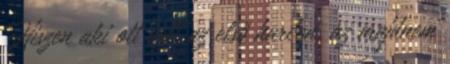
Hiszen aki ott volt az első harcon, az majdnem